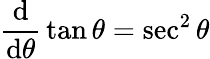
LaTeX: {\frac{\operatorname{d}}{\operatorname{d}\! \theta}}\tan\theta=\sec^{2}\theta